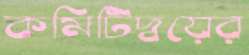
কমিটিদ্বয়ের